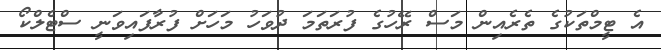
އެ ޓީމްތަކުގެ ތެރެއިން މަސް ރޭހުގެ ފުރަތަމަ ދުވަހު މަހަށް ފުރާފައިވަނީ ސްޓެލްކޯ